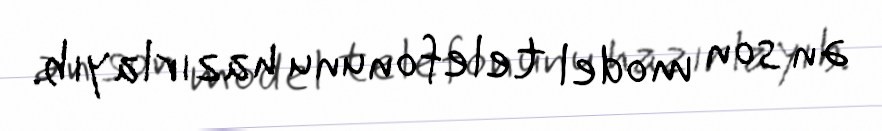
ən son model telefonunu hazırlayıb.